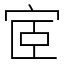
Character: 宧